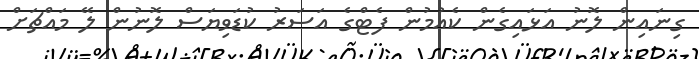
ގިނައިން ލޮނު އަޅައިގެން ކެއުމުން ފެޓްގެ އަސަރު ކުޑަވިޔަސް ލޮނުން ލޭ މައްޗަށް